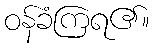
ဝန်ခံကြရ၏။